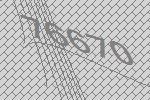
76670